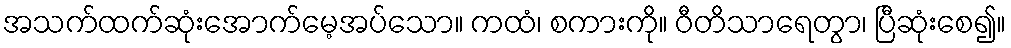
အသက်ထက်ဆုံးအောက်မေ့အပ်သော။ ကထံ၊ စကားကို။ ဝီတိသာရေတွာ၊ ပြီဆုံးစေ၍။